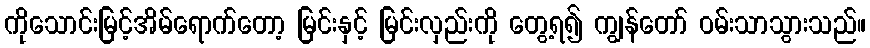
ကိုသောင်းမြင့်အိမ်ရောက်တော့ မြင်းနှင့် မြင်းလှည်းကို တွေ့ရ၍ ကျွန်တော် ဝမ်းသာသွားသည်။